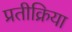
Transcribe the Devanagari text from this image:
प्रतीक्रिया